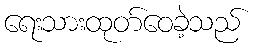
ရေးသားထုတ်ဝေခဲ့သည်